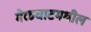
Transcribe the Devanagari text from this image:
मेळघाटमधील